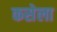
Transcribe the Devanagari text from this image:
कसेला